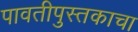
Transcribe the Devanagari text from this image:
पावतीपुस्तकाचा